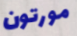
مورتون